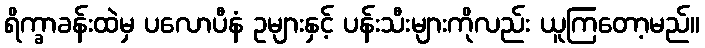
ရိက္ခာခန်းထဲမှ ပလောပီနံ ဥများနှင့် ပန်းသီးများကိုလည်း ယူကြတော့မည်။